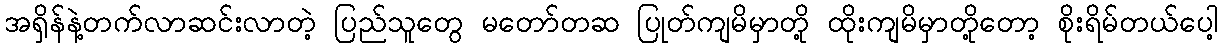
အရှိန်နဲ့တက်လာဆင်းလာတဲ့ ပြည်သူတွေ မတော်တဆ ပြုတ်ကျမိမှာတို့ ထိုးကျမိမှာတို့တော့ စိုးရိမ်တယ်ပေါ့